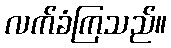
လက်ခံကြသည်။